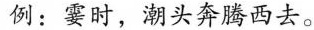
例：霎时，潮头奔腾西去。